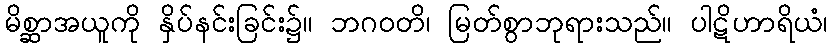
မိစ္ဆာအယူကို နှိပ်နင်းခြင်း၌။ ဘဂဝတိ၊ မြတ်စွာဘုရားသည်။ ပါဋိဟာရိယံ၊